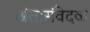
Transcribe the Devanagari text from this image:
अंतःसंवेदक